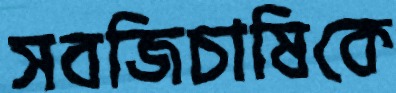
সবজিচাষিকে